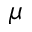
\mu